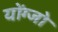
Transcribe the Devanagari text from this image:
योंग्जो